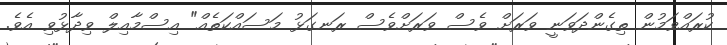
ކުރައްވަމުން ތިގެންދަވަނީ ވަރަށް ވެސް ވަރަށްވެސް ރަނގަޅު މަސައްކަތެއް" އިސްމާއިލް ވިދާޅުވި އެވެ.